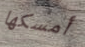
أمسكها